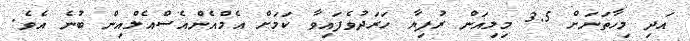
އަދި މިހާތަނަށް 3.5 މިލިއަން ރުފިޔާ ހަރަދުވެފައިވާ ކަމަށް އެމްއެންއެސްއެލްއިން ބުނެ އެވެ.